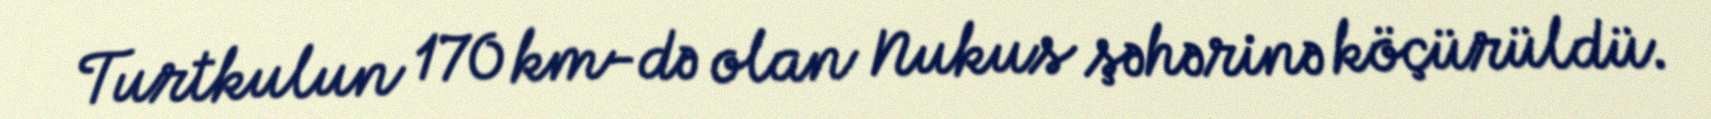
Turtkulun 170 km-də olan Nukus şəhərinə köçürüldü.